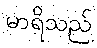
မာရိသည်